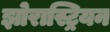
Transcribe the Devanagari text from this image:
झोरास्ट्रियन